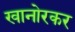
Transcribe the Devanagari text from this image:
खानोरकर